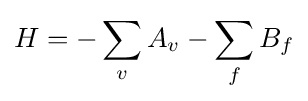
H=-\sum _{v}A_{v}-\sum _{f}B_{f}